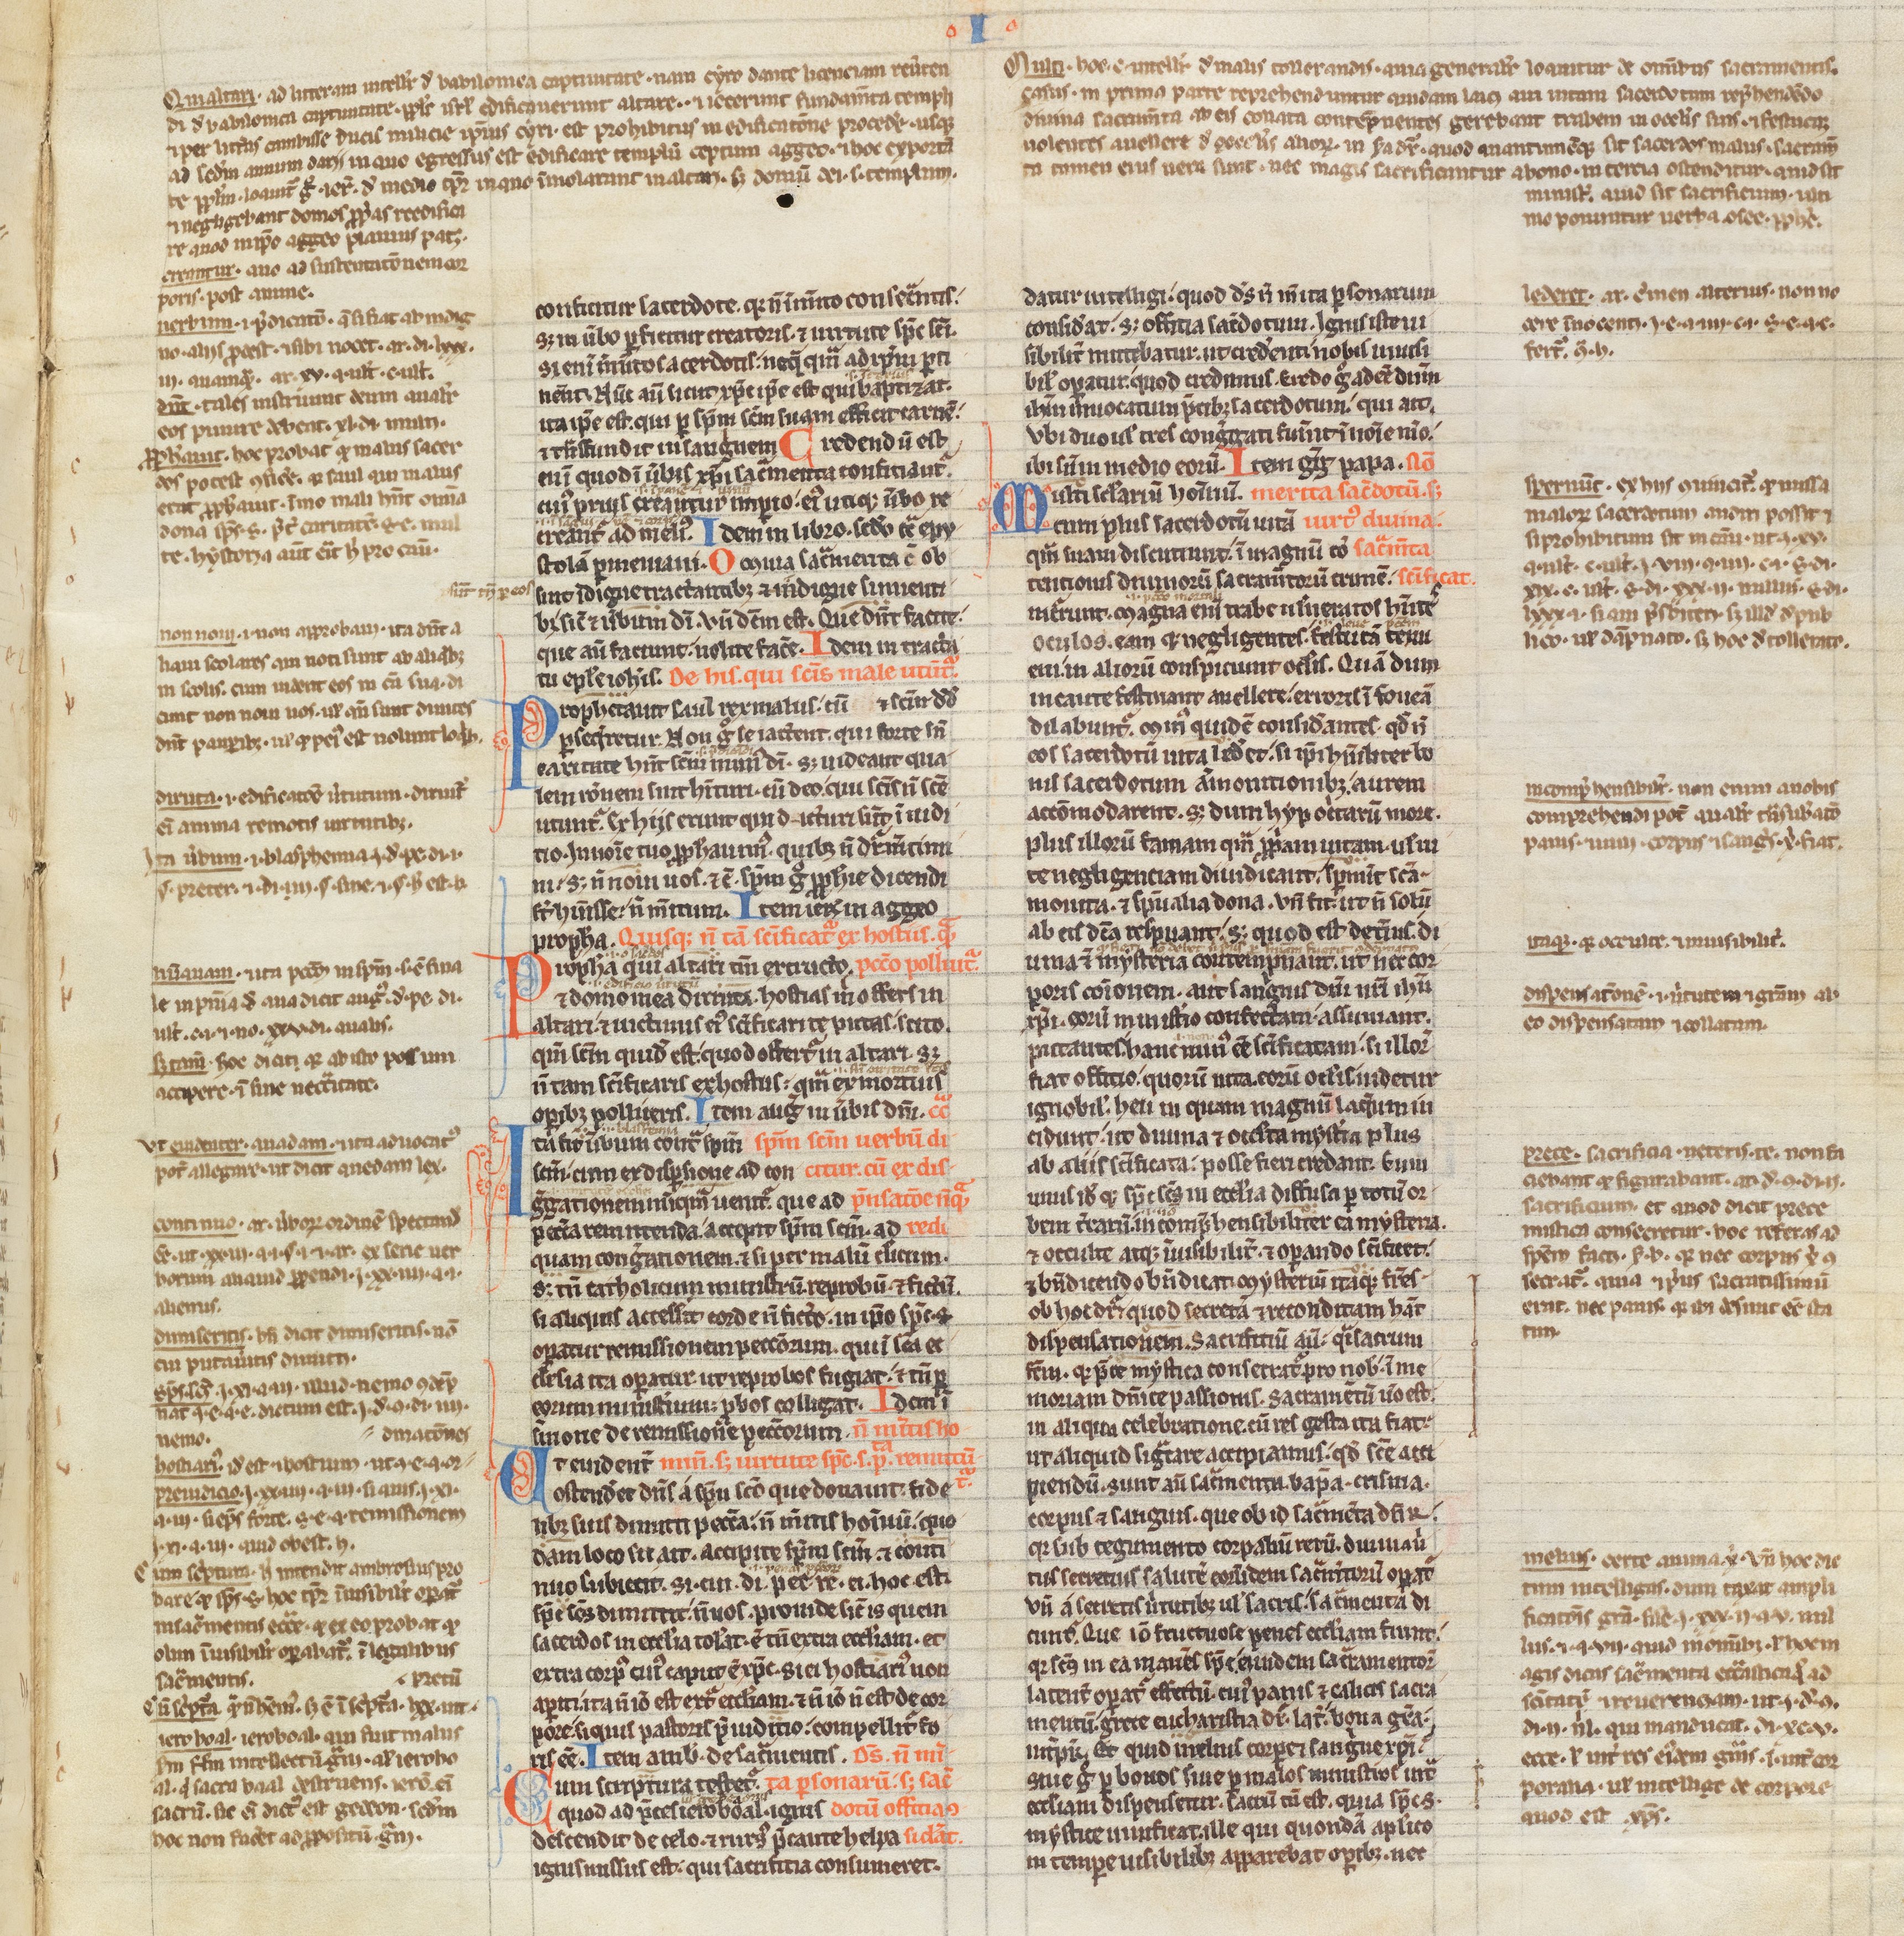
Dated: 1200–1249